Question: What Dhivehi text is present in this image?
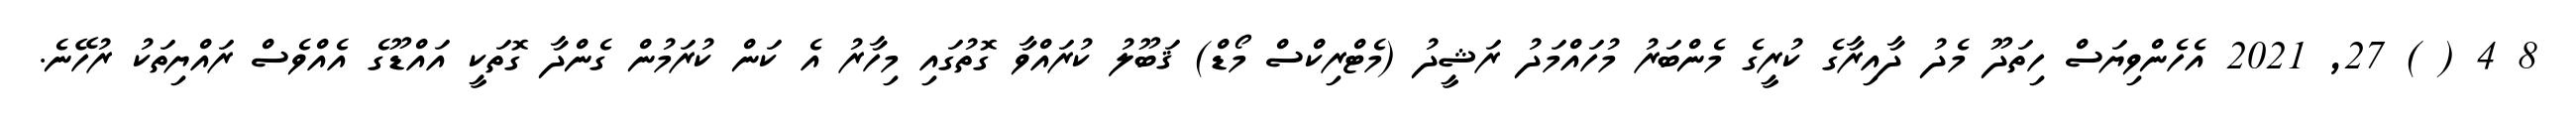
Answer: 8 4 ( ) 27, 2021 އެހެންވިޔަސް ހިތަދޫ މެދު ދާއިރާގެ ކުރީގެ މެންބަރު މުހައްމަދު ރަޝީދު (މެޓްރިކްސް މޯޑް) ޤަބޫލު ކުރައްވާ ގޮތުގައި މިހާރު އެ ކަން ކުރަމުން ގެންދާ ގޮތަކީ އައްޑޫގެ އެއްވެސް ރައްޔިތަކު ރުހޭނެ.